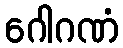
ဂေါဂဏံ